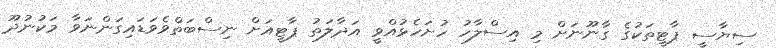
ސިޔާސީ ޕާޓީތަކުގެ ގާނޫނަށް މި އިސްލާހު ހުށަހެޅުއްވީ އަދާލަތު ޕާޓީއަށް ނިސްބަތްވެވަޑައިގަންނަވާ މަކުނުދޫ